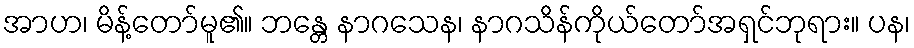
အာဟ၊ မိန့်တော်မူ၏။ ဘန္တေ နာဂသေန၊ နာဂသိန်ကိုယ်တော်အရှင်ဘုရား။ ပန၊